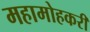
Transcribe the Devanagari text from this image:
महामोहकरी